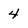
Character: 4